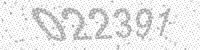
Solution: 022391